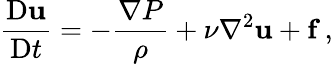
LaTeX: \frac{\mathrm{D}\mathbf{u}}{\mathrm{D}t}=-\frac{\nabla P}{\rho}+\nu\nabla^{2}\mathbf{u}+\mathbf{f}\, ,